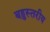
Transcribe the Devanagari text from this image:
बहुस्‍तरीय